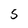
Character: 5